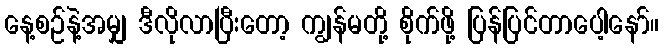
နေ့စဉ်နဲ့အမျှ ဒီလိုလာပြီးတော့ ကျွန်မတို့ စိုက်ဖို့ ပြန်ပြင်တာပေါ့နော်။